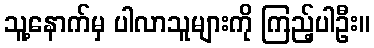
သူ့နောက်မှ ပါလာသူများကို ကြည့်ပါဦး။